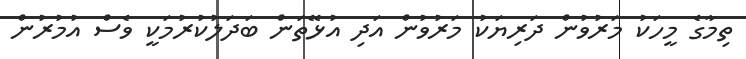
ތިމާގެ މީހަކު މަރުވުން ދަރިޔަކު މަރުވުން އަދި އުޅޭތަން ބަދަލުކުރުމަކީ ވެސް އުމުރުން